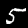
Label: 5